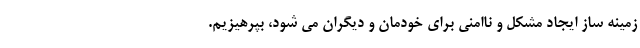
زمینه ساز ایجاد مشکل و ناامنی برای خودمان و دیگران می شود‌، بپرهیزیم.